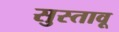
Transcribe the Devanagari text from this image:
सुस्तावू